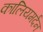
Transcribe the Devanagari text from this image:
कालियमर्दन